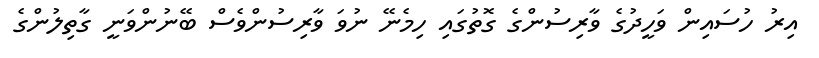
އިރު ހުސައިން ވަހީދުގެ ވާރިސުންގެ ގޮތުގައި ހިމެނޭ ނުވަ ވާރިސުންވެސް ބޭނުންވަނީ ގާތިލުންގެ